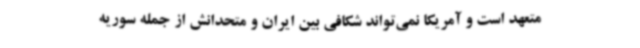
متعهد است و آمریکا نمی‌تواند شکافی بین ایران و متحدانش از جمله سوریه